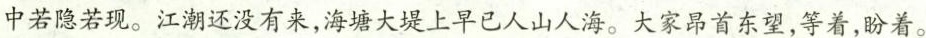
中若隐若现。江潮还没有来，海塘大堤上早已人山人海。大家昂首东望，等着，盼着。